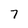
Character: 7